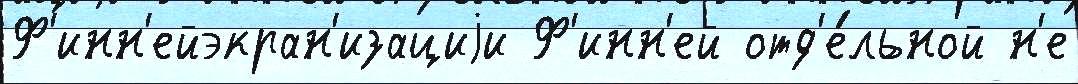
Ф'инн'ейэкран'изациjи Ф'инн'ей отд'е́льной н'е